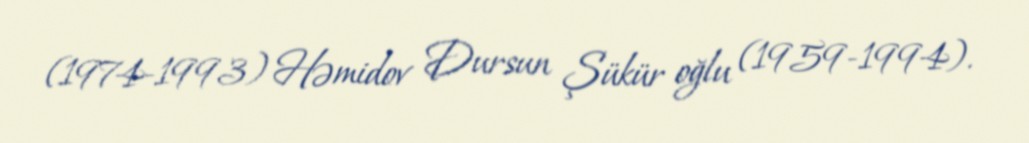
(1974-1993) Həmidov Dursun Şükür oğlu (1959-1994).